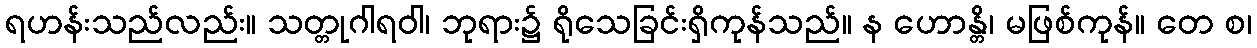
ရဟန်းသည်လည်း။ သတ္တုဂါရဝါ၊ ဘုရား၌ ရိုသေခြင်းရှိကုန်သည်။ န ဟောန္တိ၊ မဖြစ်ကုန်။ တေ စ၊